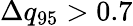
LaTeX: \Delta q_{95}>0.7